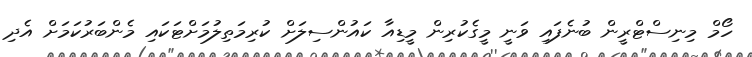
ހޯމް މިނިސްޓްރީން ބުނެފައި ވަނީ މީގެކުރިން މީޑިއާ ކައުންސިލަށް ކުރިމަތިލުމަށްޓަކައި މެންބަރުކަމަށް އެދި